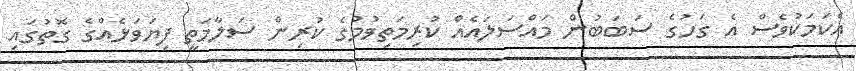
އެކަމަކުވެސް އެ ގަހުގެ ސަބަބުން މައްސަލައެއް ކުރިމަތިވުމުގެ ކުރިން ސަލާމަތީ ފިޔަވަޅެއްގެ ގޮތުގައި